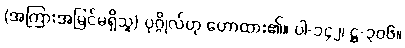
(အကြားအမြင်မရှိသူ) ပုဂ္ဂိုလ်ဟု ဟောထား၏။ ပါ-၁၄၂၊ ဋ္ဌ-၃၀၆။